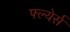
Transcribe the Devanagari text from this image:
फ्ल्येर्स